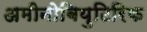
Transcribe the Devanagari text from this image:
अमीनोबियुटिरिक